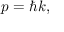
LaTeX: { \boldsymbol { p } } = \hbar { \boldsymbol { k } } ,